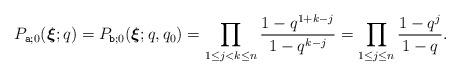
LaTeX: \begin{align*}P_{\texttt{a};0} (\boldsymbol{\xi};q) =P_{\texttt{b}; 0} (\boldsymbol{\xi};q,q_0) = \prod_{1\leq j<k\leq n} \frac{1-q^{1+k-j}}{1-q^{k-j}} = \prod_{1\leq j\leq n} \frac{1-q^j}{1-q} .\end{align*}